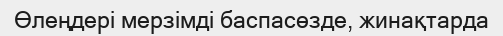
Өлеңдері мерзімді баспасөзде, жинақтарда